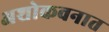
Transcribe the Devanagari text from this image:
अशोकवनात